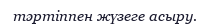
тәртіппен жүзеге асыру.